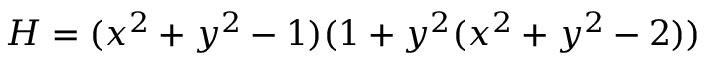
H = ( x ^ { 2 } + y ^ { 2 } - 1 ) ( 1 + y ^ { 2 } ( x ^ { 2 } + y ^ { 2 } - 2 ) )